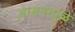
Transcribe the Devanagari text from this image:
आसनामुळे